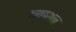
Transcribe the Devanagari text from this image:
गवाशन